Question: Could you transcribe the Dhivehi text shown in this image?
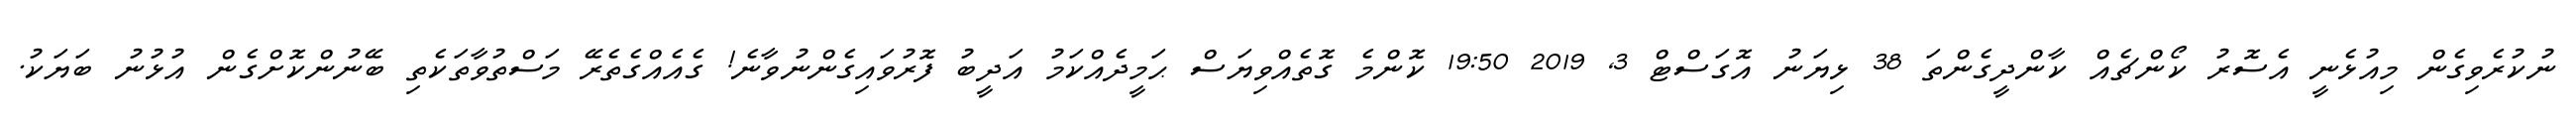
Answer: ނުކުރެވިގެން މިއުޅެނީ އެސޮރު ކޯންޗެއް ކާންދީގެންތަ 38 ޅިޔަނު އޮގަސްޓް 3, 2019 19:50 ކޮންމެ ގޮތެއްވިޔަސް ޙަމީދެއްކަމު އަދީބު ފޮރުވައިގެންނުވާނެ! ގެއެއްގެތެރޭ މަސްތުވާތަކެތި ބޭނުންކޮށްގެން އުޅުނު ބަޔަކު.